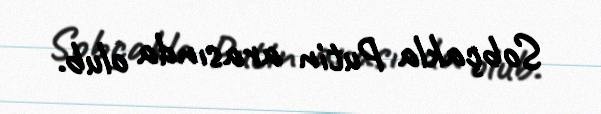
Sobçakla Putin arasında olub.